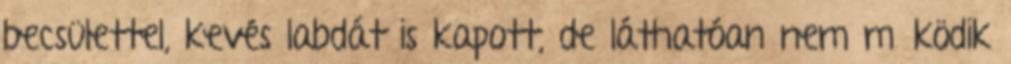
becsülettel, kevés labdát is kapott, de láthatóan nem működik